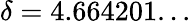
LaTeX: \delta=4.664201...